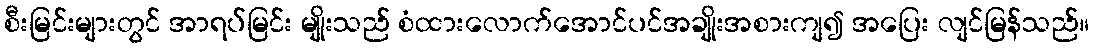
စီးမြင်းများတွင် အာရပ်မြင်း မျိုးသည် စံထားလောက်အောင်ပင်အချိုးအစားကျ၍ အပြေး လျင်မြန်သည်။